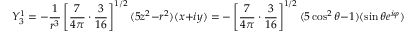
Y _ { 3 } ^ { 1 } = - { \frac { 1 } { r ^ { 3 } } } \left[ { \frac { 7 } { 4 \pi } } \cdot { \frac { 3 } { 1 6 } } \right] ^ { 1 / 2 } ( 5 z ^ { 2 } - r ^ { 2 } ) ( x + i y ) = - \left[ { \frac { 7 } { 4 \pi } } \cdot { \frac { 3 } { 1 6 } } \right] ^ { 1 / 2 } ( 5 \cos ^ { 2 } \theta - 1 ) ( \sin \theta e ^ { i \varphi } )